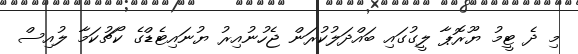
މި ދެ ޓީމު ޔޫރޮޕާ ލީގުގައި ބައްދަލުކުރަން ޖެހުނުއިރު ޔުނައިޓެޑްގެ ކޯޗުކަމާ ލުއިސް